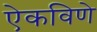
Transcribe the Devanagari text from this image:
ऐकविणे